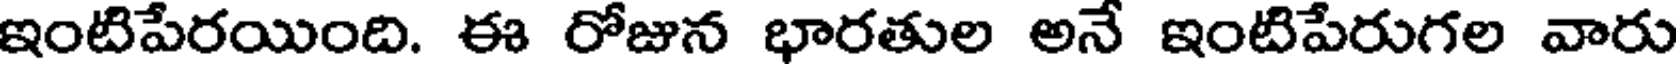
ఇంటిపేరయింది. ఈ రోజున భారతుల అనే ఇంటిపేరుగల వారు